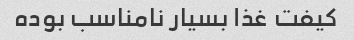
کیفت غذا بسیار نامناسب بوده